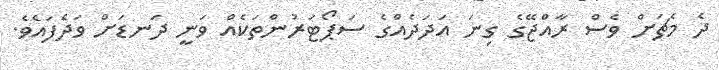
ދެ މެޗަށް ވެސް ރާއްޖޭގެ ގިނަ އަދަދެއްގެ ސަޕޯޓަރުންތަކެއް ވަނީ ދަނޑަށް ވަދެފައެވެ.